Vaccination in Bombay 1874-1876 - 1874-1876
Year: 1874
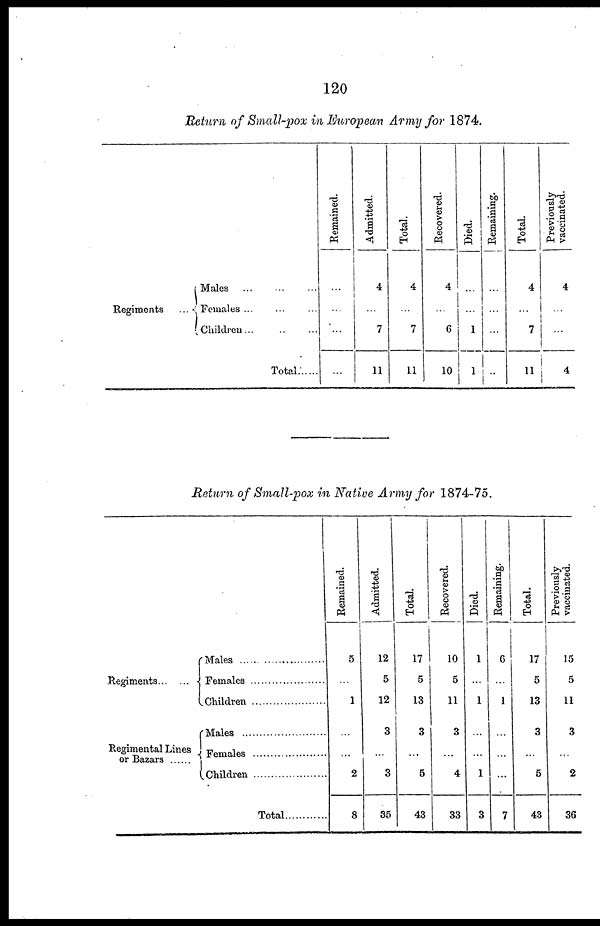
120
Return of Small-pox in European Army for 1874.
Regiments...
Males
Females .........
Children...
Total......
Remained.
...
...
...
...
Admitted.
4
...
7
11
Total.
4
...
7
11
Recovered.
4
...
6
10
Died.
...
...
1
1
Remaining.
...
...
...
..
Total.
4
...
7
11
Previously
vaccinated.
4
...
...
4
Return of Small-pox in Native Army for 1874-75.
Regiments
Regimental Lines
or Bazars ......
Males........................
Females.....................
Children..................
Males........................
Females.....................
Children..................
Total
Remained.
5
...
1
...
...
2
8
Admitted.
12
5
12
3
...
3
35
Total.
17
5
13
3
...
5
43
Recovered.
10
5
11
3
...
4
33
Died.
1
...
1
...
...
1
3
Remaining.
6
...
1
...
...
...
7
Total.
17
5
13
3
...
5
43
Previously
vaccinated.
15
5
11
3
...
2
36